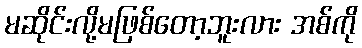
မဆိုင်းလို့မဖြစ်တော့ဘူးလား အစ်ကို